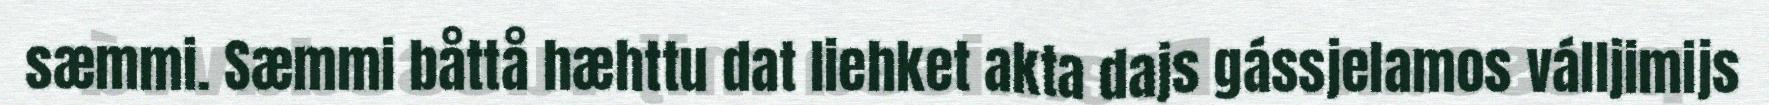
sæmmi. Sæmmi båttå hæhttu dat liehket akta dajs gássjelamos válljimijs